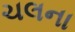
ચલના